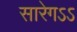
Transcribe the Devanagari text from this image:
सारेगऽऽ